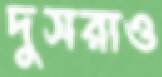
দুসরাও